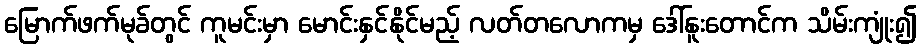
မြောက်ဖက်မုခ်တွင် ကူမင်းမှာ မောင်းနှင်နိုင်မည့် လတ်တလောကမှ ဒေါ်နူးတောင်က သိမ်းကျုံး၍